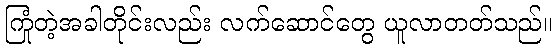
ကြုံတဲ့အခါတိုင်းလည်း လက်ဆောင်တွေ ယူလာတတ်သည်။